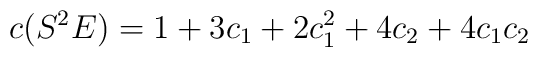
c(S^2E) = 1+3c_1 + 2c_1^2 + 4c_2 + 4c_1c_2